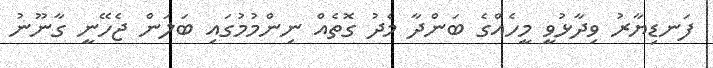
ފަނޑިޔާރު ވިދާޅުވީ މީހެއްގެ ބަންދާ މެދު ގޮތެއް ނިންމުމުގައި ބަލަން ޖެހޭނީ ގާނޫނު